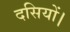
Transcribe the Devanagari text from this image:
दसियों।